Indian journal of veterinary science and animal husbandry - Volume 3,
Year: 1933
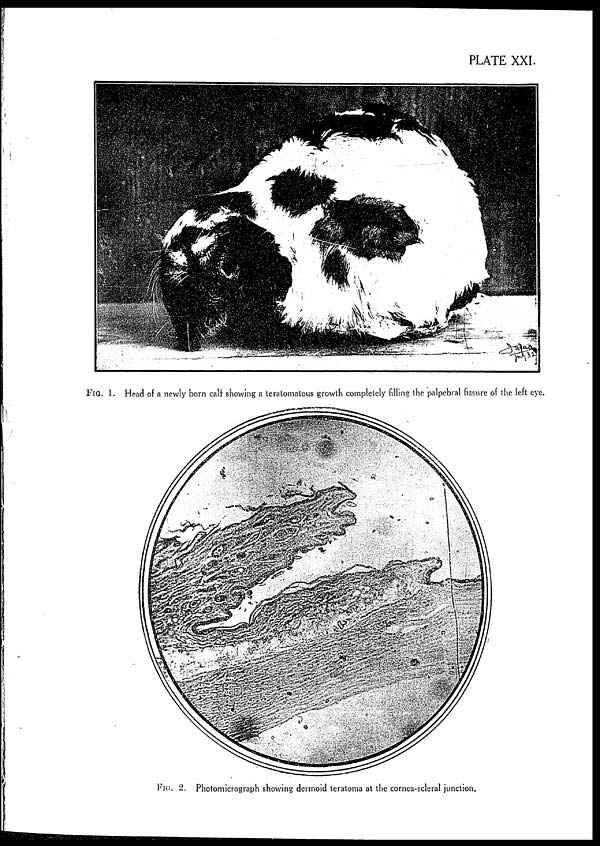
PLATE XXI.
FIG. 1. Head of a newly born calf showing a teratomatous growth completely filling the palpebral fissure of the left eye.
FIG. 2. Photomicrograph showing dermoid teratoma at the cornea-scleral junction.